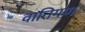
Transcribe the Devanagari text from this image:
वातिगण